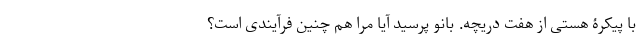
با پیکرۀ هستی از هفت دریچه. بانو پرسید آیا مرا هم چنین فرآیندی است؟